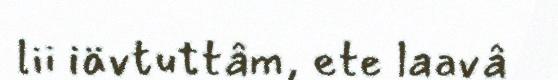
lii iävtuttâm, ete laavâ